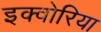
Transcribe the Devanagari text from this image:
इक्वोरिया